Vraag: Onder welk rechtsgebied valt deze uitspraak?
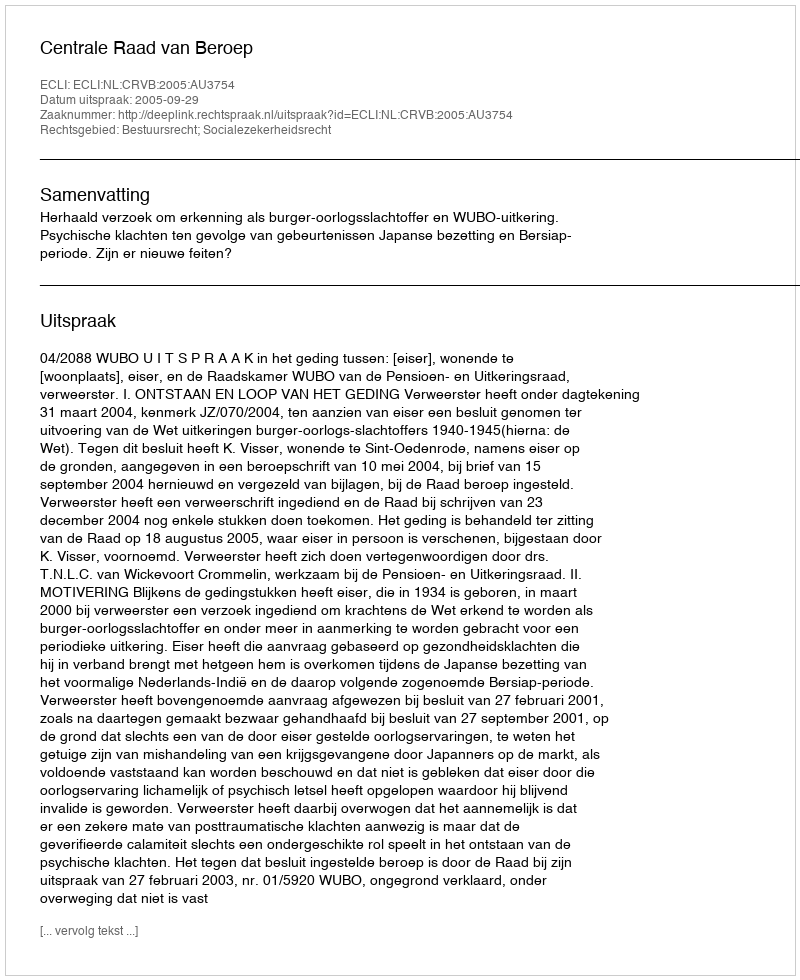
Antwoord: Bestuursrecht; Socialezekerheidsrecht